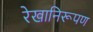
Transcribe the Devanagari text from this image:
रेखानिरूपण